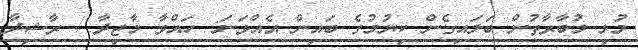
މުޅި މުބާރާތުން ބަލައިގެން ކިޔުމުގެ ބައިން އެއްވަނަ: ހައްވާ މާޖިދާ / ރާޝިދާ